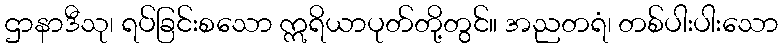
ဌာနာဒီသု၊ ရပ်ခြင်းစသော ဣရိယာပုတ်တို့တွင်။ အညတရံ၊ တစ်ပါးပါးသော